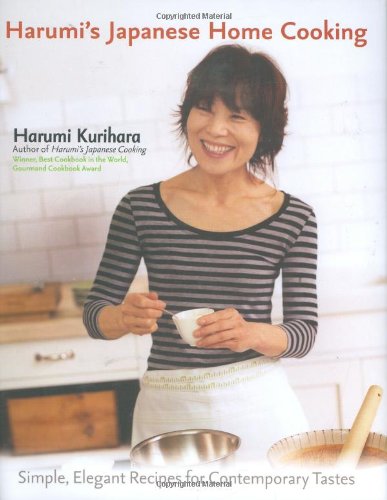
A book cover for Harumi's Japanese Home Cooking: Simple, Elegant Recipes for Contemporary Tastes; Harumi Kurihara; Cookbooks, Food & Wine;